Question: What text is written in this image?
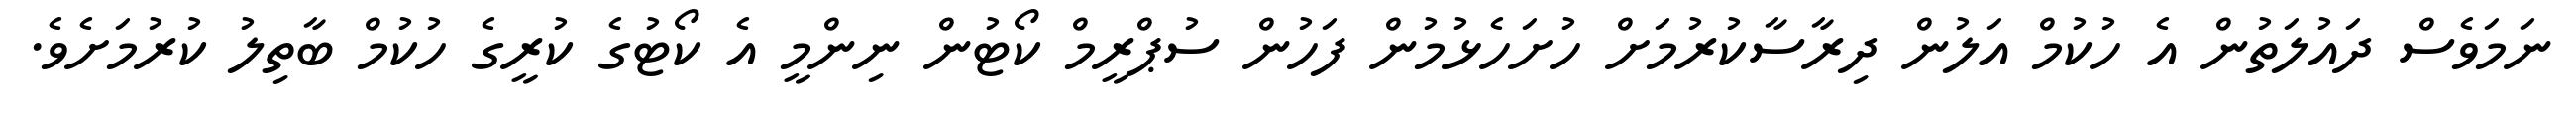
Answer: ނަމަވެސް ދައުލަތުން އެ ހުކުމް އަލުން ދިރާސާކުރުމަށް ހުށަހެޅުމުން ފަހުން ސުޕްރީމް ކޯޓުން ނިންމީ އެ ކޯޓުގެ ކުރީގެ ހުކުމް ބާތިލު ކުރުމަށެވެ.